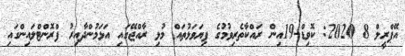
އޭޕްރީލް 8 2020: ކޮވިޑް-19އިން ރައްކާތެރިވުމުގެ ފިޔަވަޅުތައް މުޅި ރާއްޖޭގައި އަޅަމުންދާއިރު ފްރޮންޓްލައިންގައި